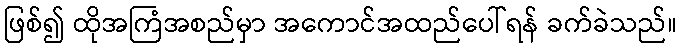
ဖြစ်၍ ထိုအကြံအစည်မှာ အကောင်အထည်ပေါ်ရန် ခက်ခဲသည်။